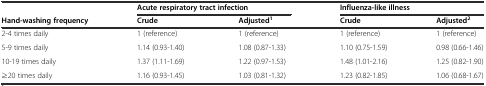
|  | <COLSPAN=2> Acute respiratory tract infection | <COLSPAN=2> Influenza-like illness |
 | Hand-washing frequency | Crude | Adjusted1 | Crude | Adjusted2 |
 | --- | --- | --- | --- | --- |
 | 2-4 times daily | 1 (reference) | 1 (reference) | 1 (reference) | 1 (reference) |
 | 5-9 times daily | 1.14 (0.93-1.40) | 1.08 (0.87-1.33) | 1.10 (0.75-1.59) | 0.98 (0.66-1.46) |
 | 10-19 times daily | 1.37 (1.11-1.69) | 1.22 (0.97-1.53) | 1.48 (1.01-2.16) | 1.25 (0.82-1.90) |
 | ≥20 times daily | 1.16 (0.93-1.45) | 1.03 (0.81-1.32) | 1.23 (0.82-1.85) | 1.06 (0.68-1.67) |